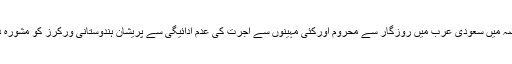
وزیرخارجہ سشماسوراج نے حالیہ عرصہ میں سعودی عرب میں روزگار سے محروم اورکئی مہینوں سے اجرت کی عدم ادائیگی سے پریشان ہندوستانی ورکرز کو مشورہ دیا ہے کہ وہ اپنے وطن واپس لوٹ آئیں ۔